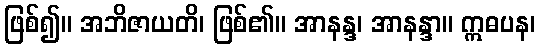
ဖြစ်၍။ အဘိဇာယတိ၊ ဖြစ်၏။ အာနန္ဒ၊ အာနန္ဒာ။ ဣဓပန၊